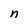
Character: n